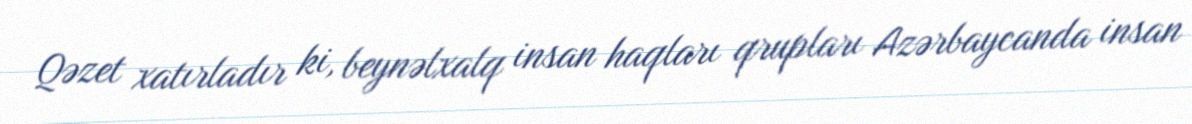
Qəzet xatırladır ki, beynəlxalq insan haqları qrupları Azərbaycanda insan